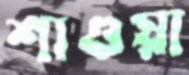
শাওয়া